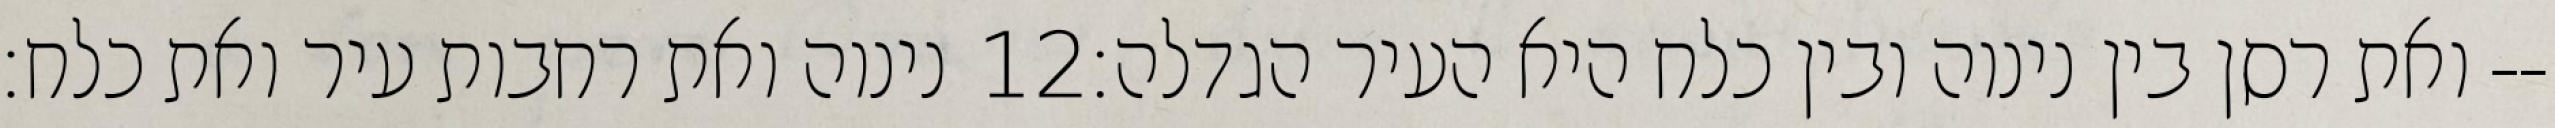
נינוה ואת רחבות עיר ואת כלח׃ ‎12‏ ואת רסן בין נינוה ובין כלח היא העיר הגדלה׃--